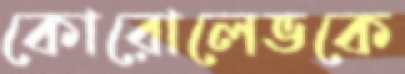
কোরোলেভকে